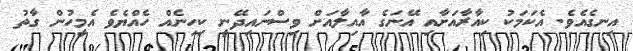
އިނގެއެވެ. އެކަމަކު ކިއާރާއަށާއި އޭނަގެ އާއިލާއަށް ވިސްނައިދޭނީ ކިހިނެއް ހެއްޔެވެ އެމީހުން ގާތު